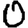
Digit: 0